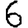
Digit: 6